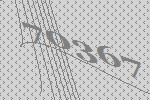
70367